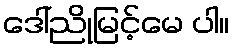
ဒေါ်ညိုမြင့်မေ ပါ။